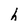
Character: h